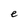
Character: e